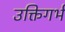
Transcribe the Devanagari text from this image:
उक्तिगर्भ